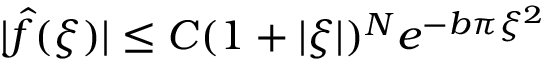
| { \hat { f } } ( \xi ) | \leq C ( 1 + | \xi | ) ^ { N } e ^ { - b \pi \xi ^ { 2 } }